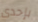
بإحدى